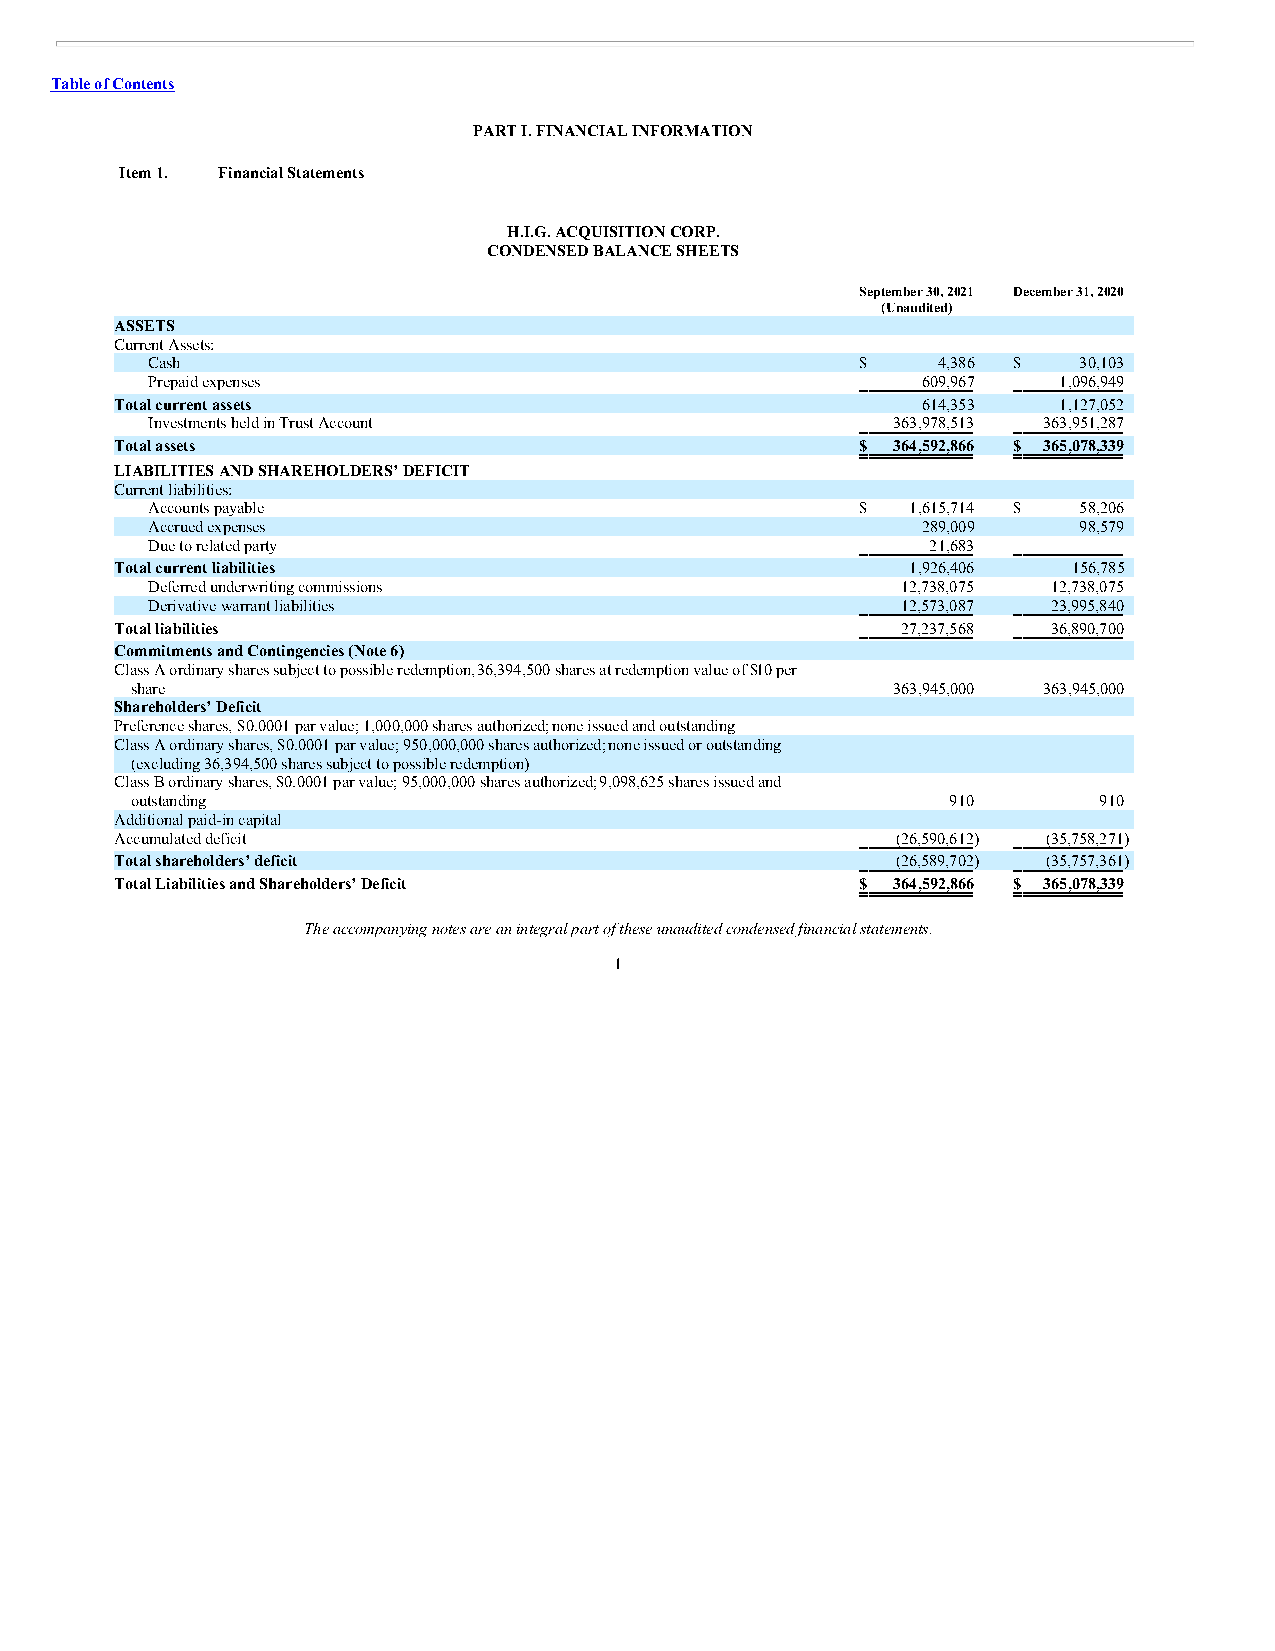
Table of Contents
 PART I. FINANCIAL INFORMATION
 Item 1. Financial Statements
 H.I.G. ACQUISITION CORP.
 CONDENSED BALANCE SHEETS
 September 30, 2021 December 31, 2020
 (Unaudited)
 ASSETS
 Current Assets:
 Cash                                           $    4,386 $  30,103
 Prepaid expenses                                   609,967  1,096,949
 Total current assets                                 614,353  1,127,052
 Investments held in Trust Account                363,978,513 363,951,287
 Total assets                                     $ 364,592,866 $ 365,078,339
 LIABILITIES AND SHAREHOLDERS’ DEFICIT
 Current liabilities:
 Accounts payable                               $  1,615,714 $ 58,206
 Accrued expenses                                   289,009   98,579
 Due to related party                                21,683     —
 Total current liabilities                           1,926,406  156,785
 Deferred underwriting commissions                 12,738,075 12,738,075
 Derivative warrant liabilities                    12,573,087 23,995,840
 Total liabilities                                   27,237,568 36,890,700
 Commitments and Contingencies (Note 6)
 Class A ordinary shares subject to possible redemption, 36,394,500 shares at redemption value of $10 per
 share                                             363,945,000 363,945,000
 Shareholders’ Deficit
 Preference shares, $0.0001 par value; 1,000,000 shares authorized; none issued and outstanding — —
 Class A ordinary shares, $0.0001 par value; 950,000,000 shares authorized; none issued or outstanding
 (excluding 36,394,500 shares subject to possible redemption) —  —
 Class B ordinary shares, $0.0001 par value; 95,000,000 shares authorized; 9,098,625 shares issued and
 outstanding                                           910       910
 Additional paid-in capital                             —         —
 Accumulated deficit                                (26,590,612) (35,758,271)
 Total shareholders’ deficit                        (26,589,702) (35,757,361)
 Total Liabilities and Shareholders’ Deficit      $ 364,592,866 $ 365,078,339
 The accompanying notes are an integral part of these unaudited condensed financial statements.
 1